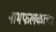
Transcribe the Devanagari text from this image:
नामफलकाचा